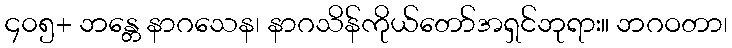
၄၀၅+ ဘန္တေ နာဂသေန၊ နာဂသိန်ကိုယ်တော်အရှင်ဘုရား။ ဘဂဝတာ၊